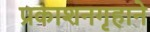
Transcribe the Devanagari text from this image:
प्रकाशनगृहाने